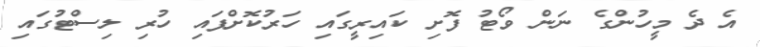
އެ ދެ މީހުންގެ ނަން ވޯޓު ފޮށި ކައިރީގައި ހަރުކޮށްފައި ހުރި ލިސްޓުގައި